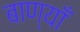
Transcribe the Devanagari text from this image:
बाण्याँ